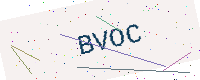
Text: BVOC